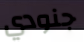
جنودي